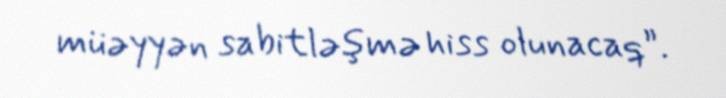
müəyyən sabitləşmə hiss olunacaq”.